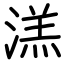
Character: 溔